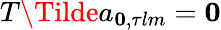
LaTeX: T\Tilde{a}_{\mathbf{0},\tau lm}=\mathbf{0}